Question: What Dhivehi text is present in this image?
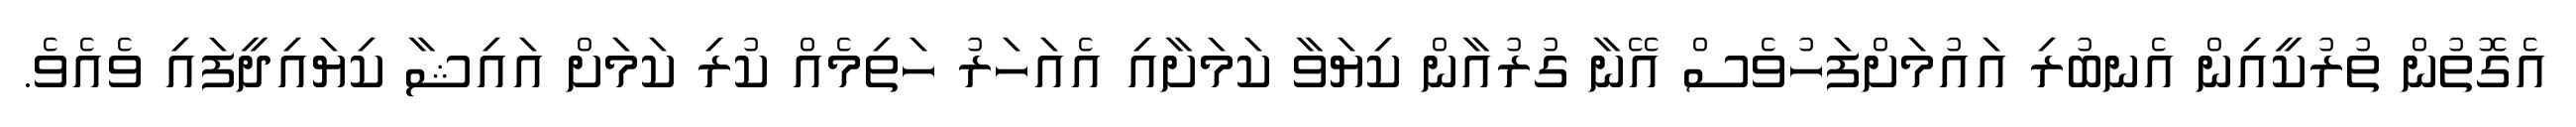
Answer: އެގޮތުން ތުރުކީއިން އެނބުރި އައުމަށްފަހުވެސް އޭނާ ގުރުއާން ކިޔަވާ ކަމަށާއި އެއަހަރު ހަތިމެއް ކުރި ކަމަށް އައިޝާ ކިޔައިދީފައި ވެއެވެ.